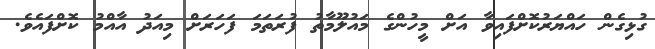
ގުޅިގެން ހައްޔަރުކޮށްފައިވާ އަށް މީހުންގެ މައުލޫމާތު ފުރަތަމަ ފަހަރަށް މިއަދު އާއްމު ކޮށްފައެވެ.